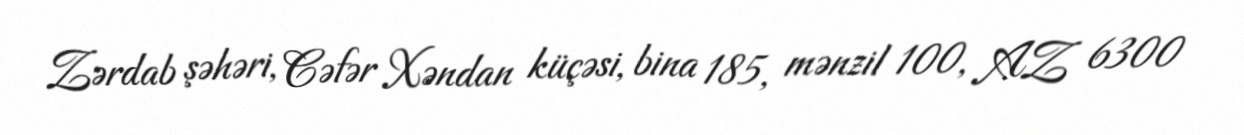
Zərdab şəhəri, Cəfər Xəndan küçəsi, bina 185, mənzil 100, AZ 6300